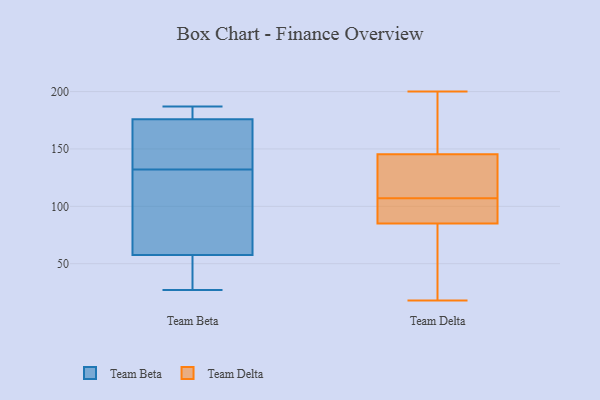
{"axis": {"x": "Population (Million)", "y": "Value"}, "legend": ["Team Beta", "Team Delta"], "data": [{"x": "", "y": 47, "type": "Team Beta"}, {"x": "", "y": 149, "type": "Team Beta"}, {"x": "", "y": 179, "type": "Team Beta"}, {"x": "", "y": 131, "type": "Team Beta"}, {"x": "", "y": 181, "type": "Team Beta"}, {"x": "", "y": 57, "type": "Team Beta"}, {"x": "", "y": 33, "type": "Team Beta"}, {"x": "", "y": 187, "type": "Team Beta"}, {"x": "", "y": 187, "type": "Team Beta"}, {"x": "", "y": 173, "type": "Team Beta"}, {"x": "", "y": 133, "type": "Team Beta"}, {"x": "", "y": 157, "type": "Team Beta"}, {"x": "", "y": 69, "type": "Team Beta"}, {"x": "", "y": 107, "type": "Team Beta"}, {"x": "", "y": 27, "type": "Team Beta"}, {"x": "", "y": 58, "type": "Team Beta"}, {"x": "", "y": 113, "type": "Team Delta"}, {"x": "", "y": 101, "type": "Team Delta"}, {"x": "", "y": 77, "type": "Team Delta"}, {"x": "", "y": 129, "type": "Team Delta"}, {"x": "", "y": 51, "type": "Team Delta"}, {"x": "", "y": 136, "type": "Team Delta"}, {"x": "", "y": 93, "type": "Team Delta"}, {"x": "", "y": 160, "type": "Team Delta"}, {"x": "", "y": 93, "type": "Team Delta"}, {"x": "", "y": 18, "type": "Team Delta"}, {"x": "", "y": 200, "type": "Team Delta"}, {"x": "", "y": 155, "type": "Team Delta"}]}